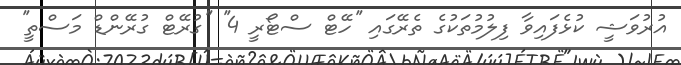
އުރުވަޝީ ކުޅެފައިވާ ފިލުމުތަކުގެ ތެރޭގައި ''ހޭޓް ސްޓޯރީ 4'' ''ގުރޭޓް ގުރޭންޑް މަސްތީ''